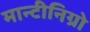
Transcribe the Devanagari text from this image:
मान्टीनिग्रो